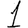
Digit: 1